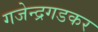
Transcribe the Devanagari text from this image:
गजेन्द्रगडकर